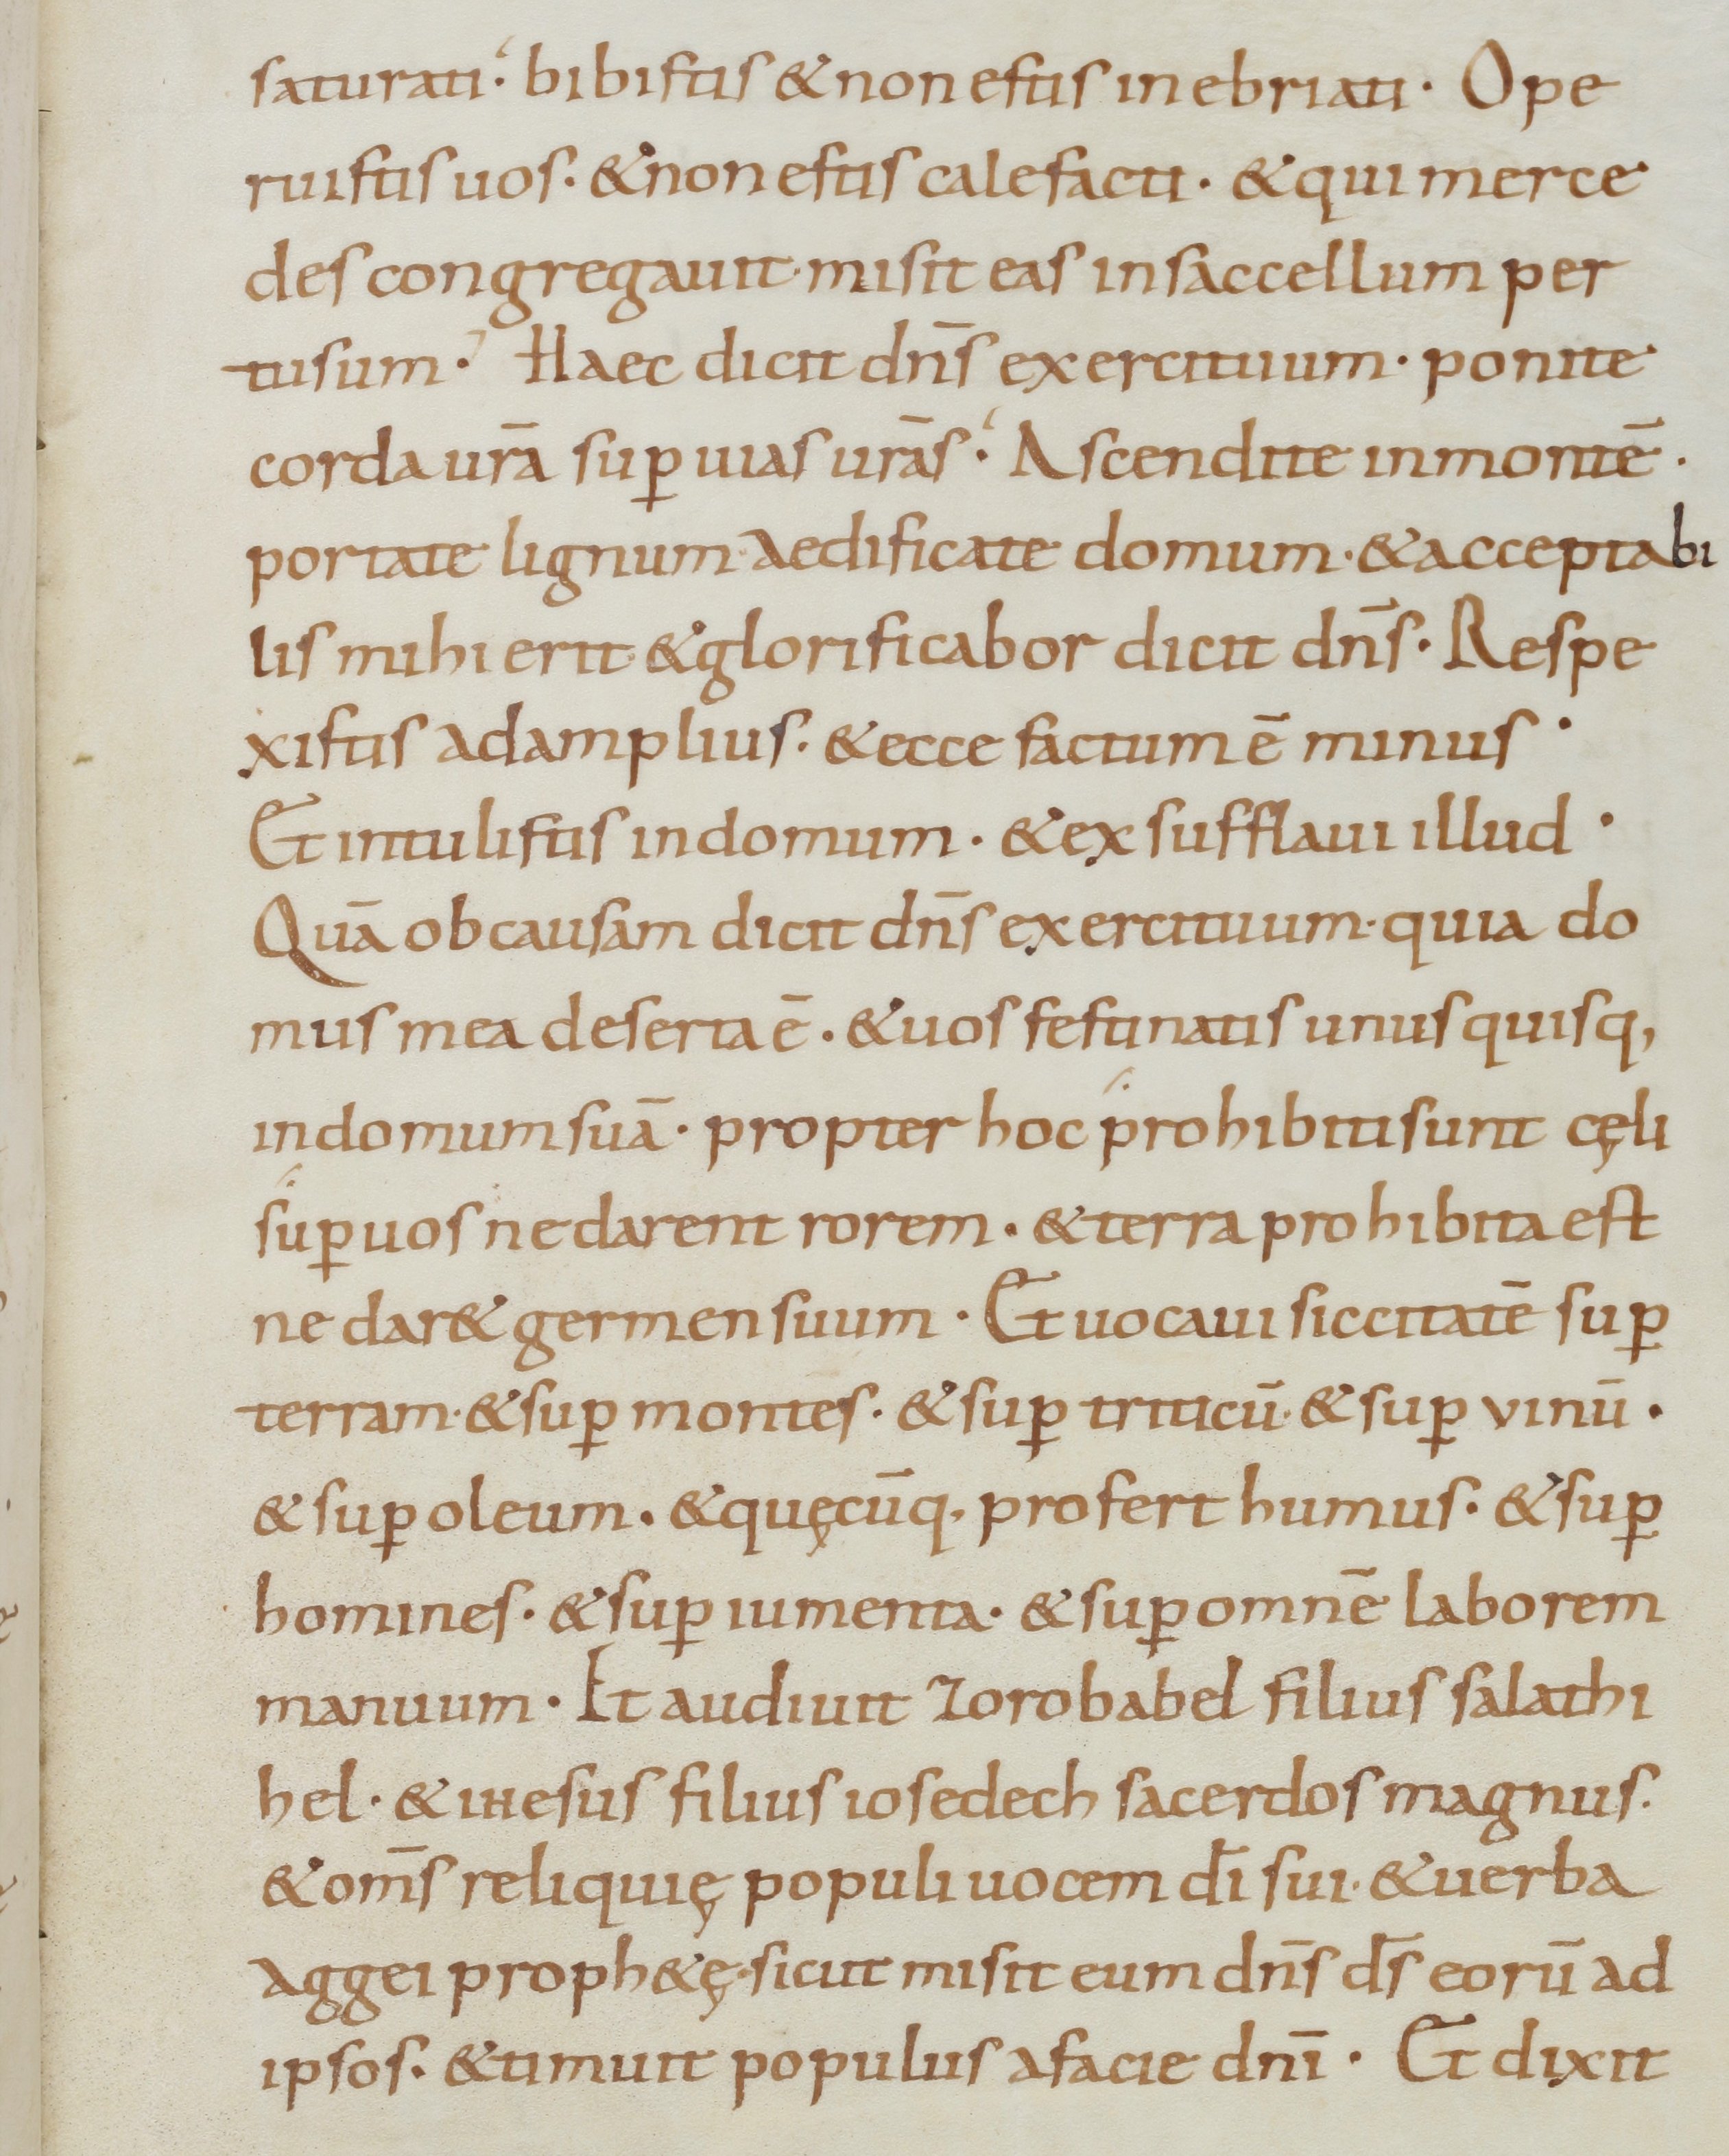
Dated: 800–899